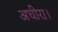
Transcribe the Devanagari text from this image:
अधीरा।